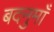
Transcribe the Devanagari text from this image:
बदनुमाँ